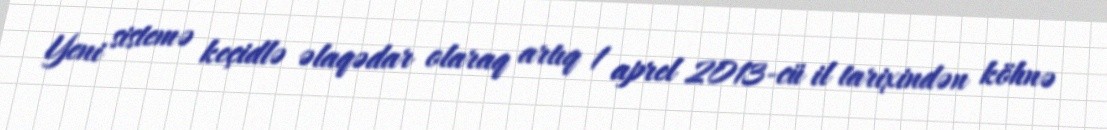
Yeni sistemə keçidlə əlaqədar olaraq artıq 1 aprel 2013-cü il tarixindən köhnə